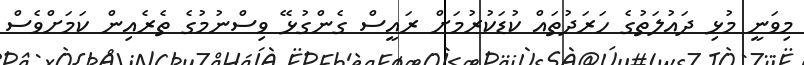
މިވަނީ މުޅި ދައުލަތުގެ ހަރަދުތައް ކުޑަކުރުމަށް ރައީސް ގެންގުޅޭ ވިސްނުމުގެ ތެރެއިން ކަމަށްވެސް